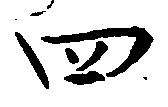
四